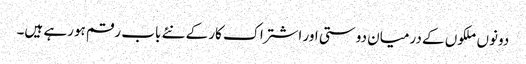
دونوں ملکوں کے درمیان دوستی اور اشتراک کار کے نئے باب رقم ہورہے ہیں۔